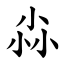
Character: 尛